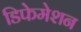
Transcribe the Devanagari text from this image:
डिफेमेशन